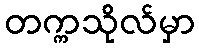
တက္ကသိုလ်မှာ